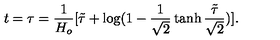
t = \tau = \frac { 1 } { H _ { o } } [ \tilde { \tau } + \log ( 1 - \frac { 1 } { \sqrt { 2 } } \tanh \frac { \tilde { \tau } } { \sqrt { 2 } } ) ] .